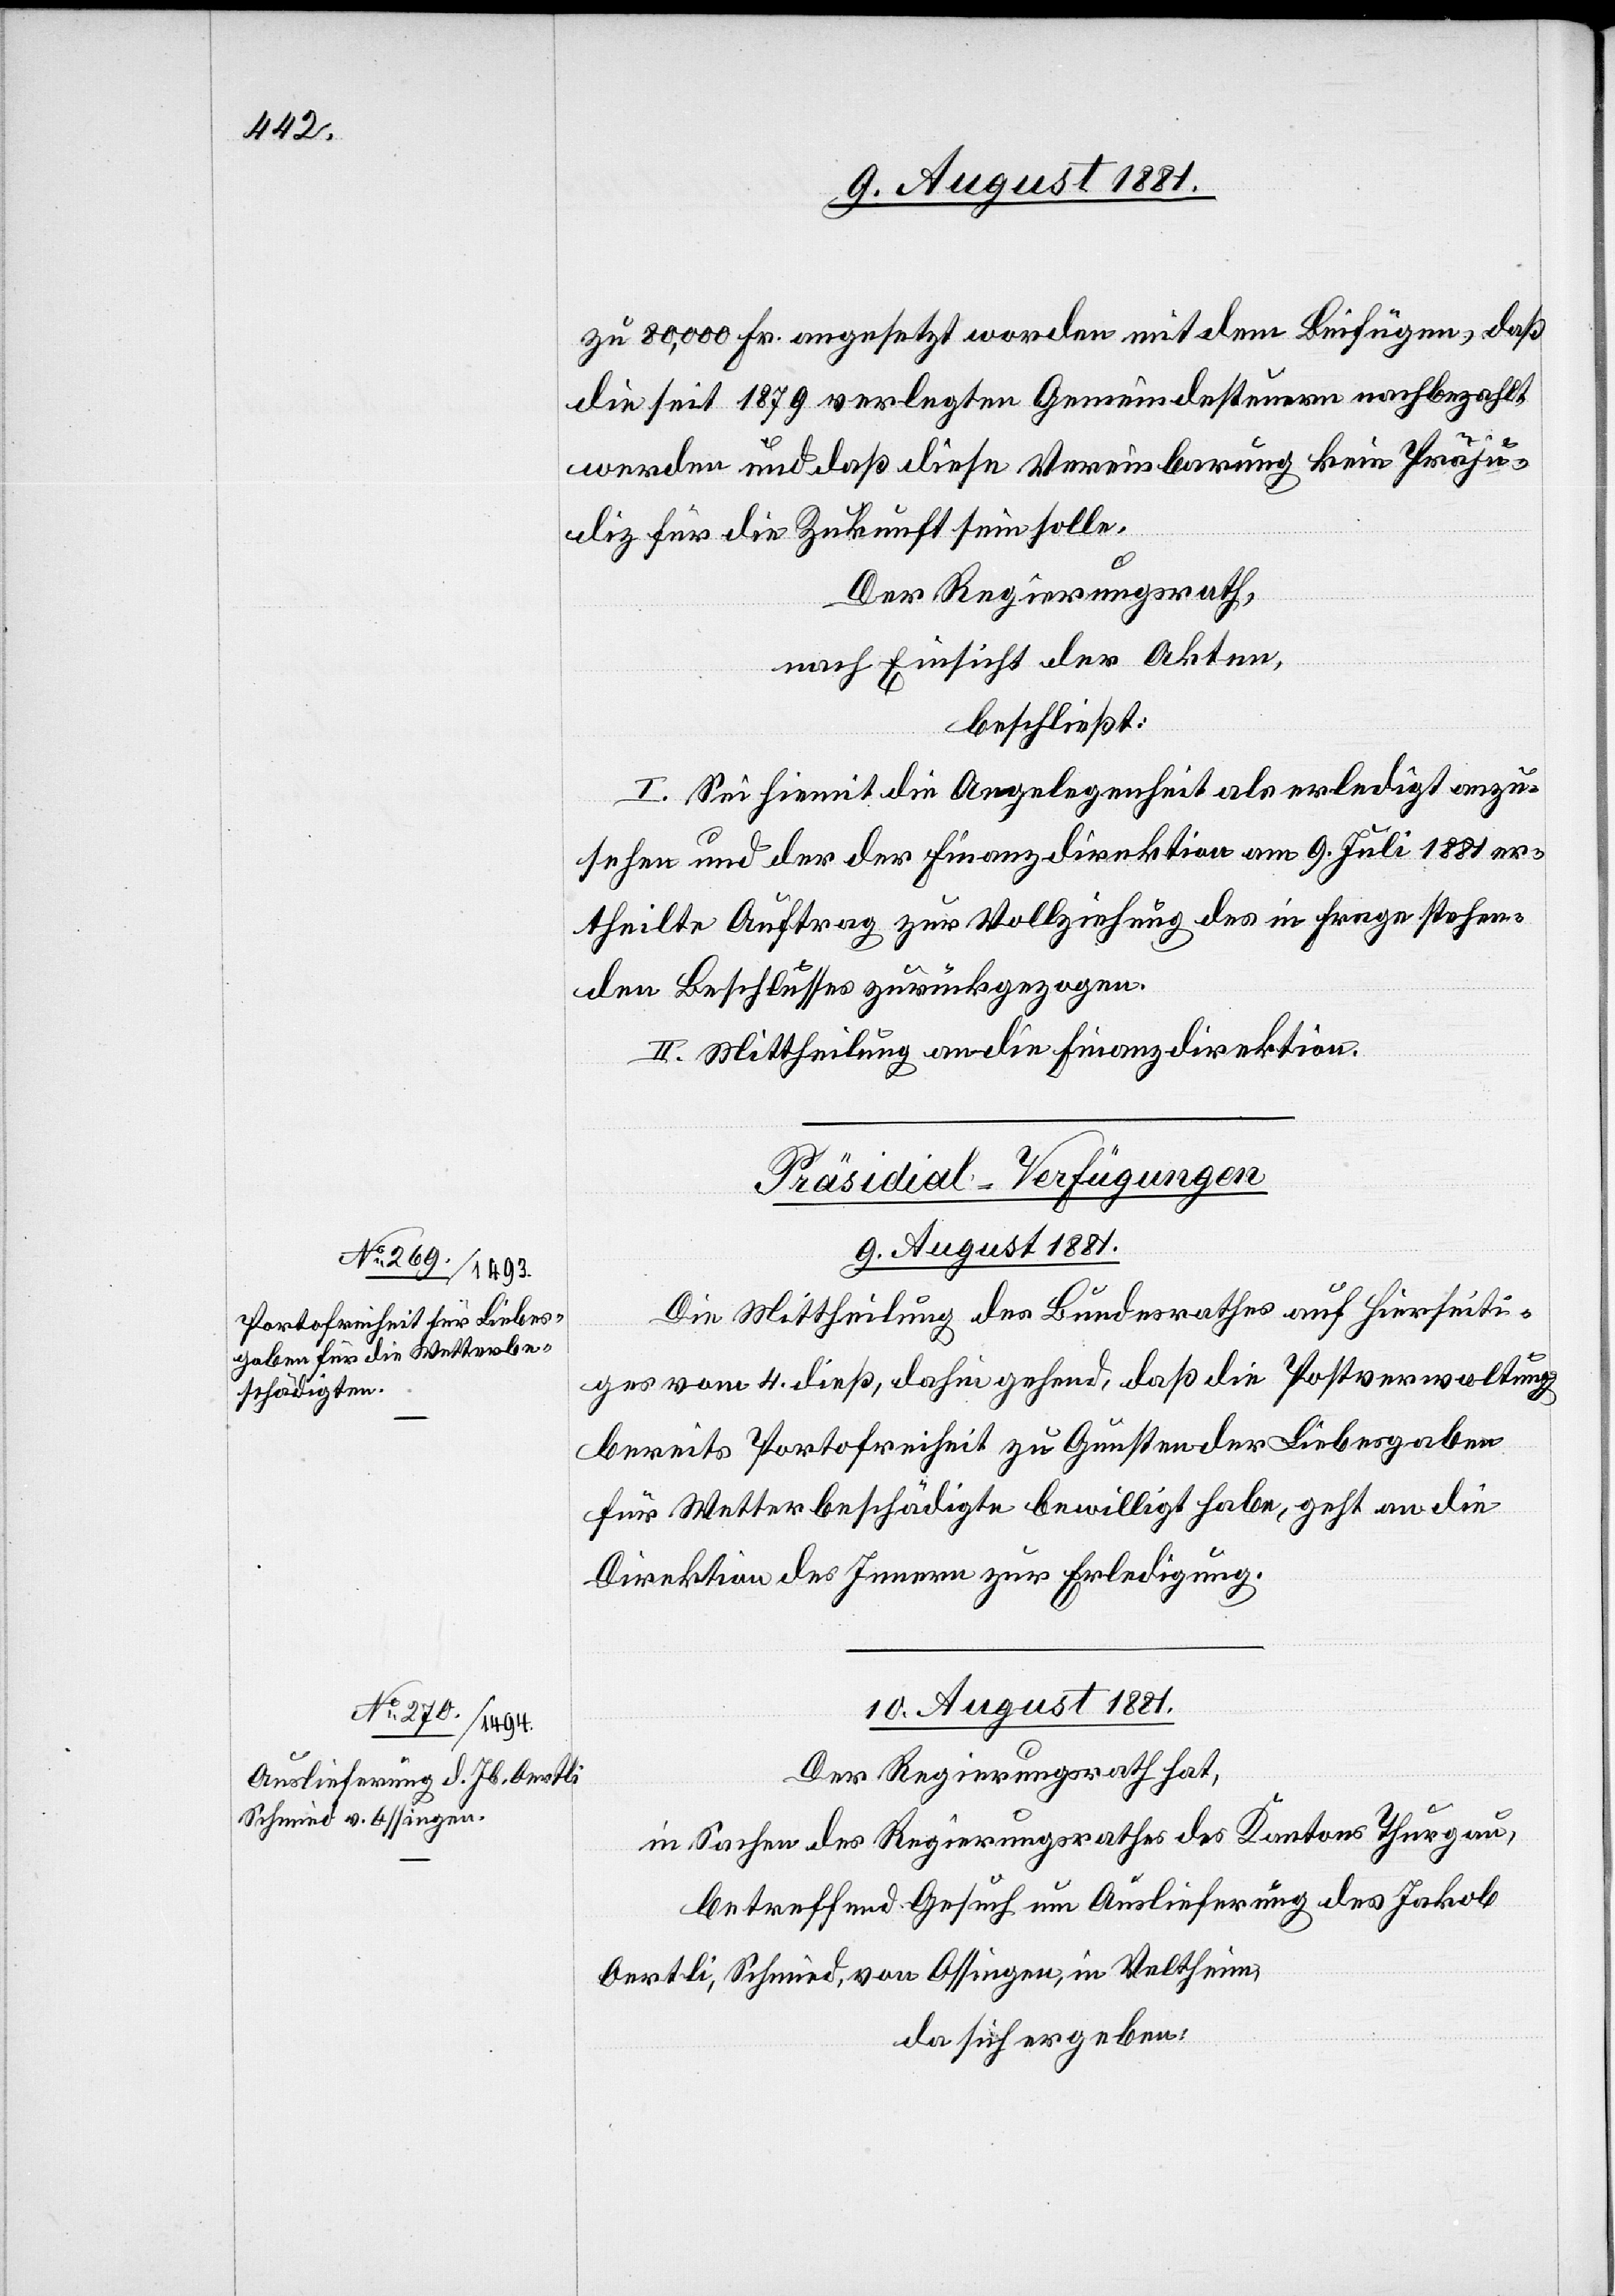
zu 80,000 Fr. angesetzt worden[,] mit dem Beifügen, daß
die seit 1879 verlegten Gemeindesteuern nachbezahlt
werden und daß diese Vereinbarung kein Präju¬
diz für die Zukunft sein solle.
Der Regierungsrath,
nach Einsicht der Akten,
beschließt:
I. Sei hiemit die Angelegenheit als erledigt anzu¬
sehen und der der Finanzdirektion am 9. Juli 1881 er¬
theilte Auftrag zur Vollziehung des in Frage stehen¬
den Beschlusses zurückgezogen.
II. Mittheilung an die Finanzdirektion.
[Präsidial-Verfügungen.]
10. August 1881.
Die Mittheilung des Bundesrathes auf hierseiti¬
ges vom 4. dieß, dahin gehend, daß die Postverwaltung
bereits Portofreiheit zu Gunsten der Liebesgabe
für Wetterbeschädigte bewilligt habe, geht an die
Direktion des Innern zur Erledigung.
Der Regierungsrath hat,
in Sachen des Regierungsrathes des Kantons Thurgau,
betreffend Gesuch um Auslieferung des Jakob
Oertli, Schmid, von Ossingen, in Veltheim,
da sich ergeben: